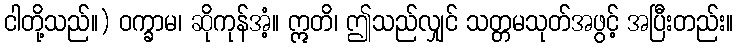
ငါတို့သည်။) ဝက္ခာမ၊ ဆိုကုန်အံ့။ ဣတိ၊ ဤသည်လျှင် သတ္တမသုတ်အဖွင့် အပြီးတည်း။